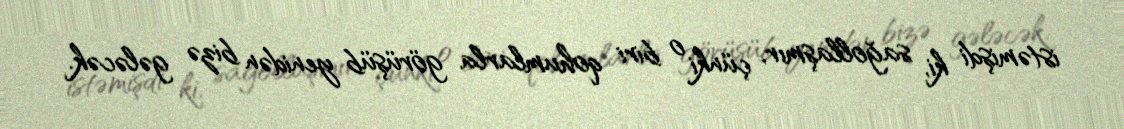
istəmişdi ki, sağollaşmır, çünki o biri qohumlarla görüşüb yenidən bizə gələcək.